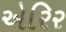
એરિર